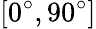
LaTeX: [0^{\circ},90^{\circ}]